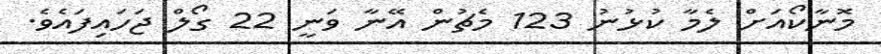
މޮނާކޯއަށް ލެމާ ކުޅުނު 123 މެޗުން އޭނާ ވަނީ 22 ގޯލް ޖަހައިފައެވެ.